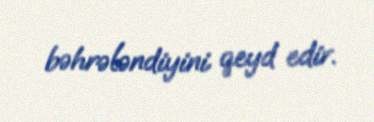
bəhrələndiyini qeyd edir.